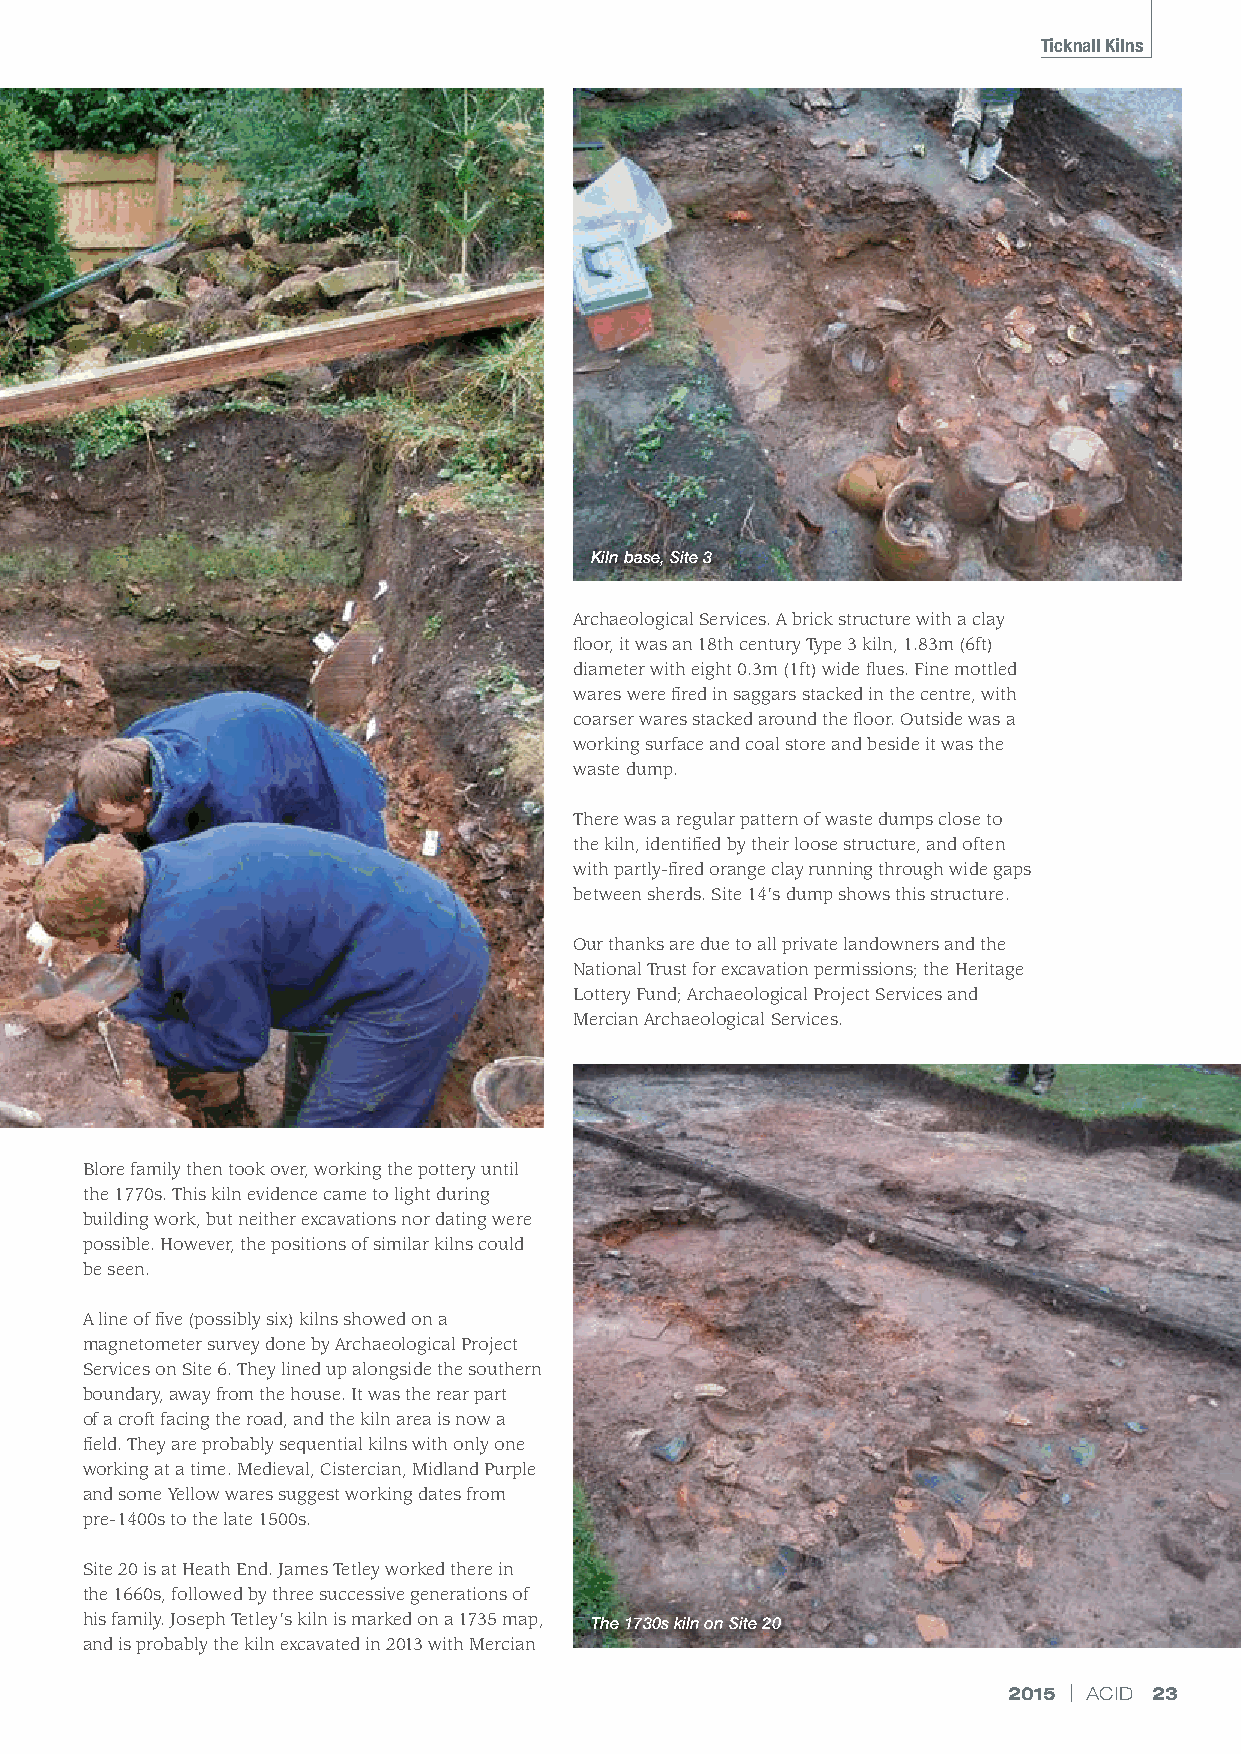
Ticknall Kilns
 Kiln base, Site 3
 Archaeological Services. A brick structure with a clay
 floor, it was an 18th century Type 3 kiln, 1.83m (6ft)
 diameter with eight 0.3m (1ft) wide flues. Fine mottled
 wares were fired in saggars stacked in the centre, with
 coarser wares stacked around the floor. Outside was a
 working surface and coal store and beside it was the
 waste dump.
 There was a regular pattern of waste dumps close to
 the kiln, identified by their loose structure, and often
 with partly-fired orange clay running through wide gaps
 between sherds. Site 14’s dump shows this structure.
 Our thanks are due to all private landowners and the
 National Trust for excavation permissions; the Heritage
 Lottery Fund; Archaeological Project Services and
 Mercian Archaeological Services.
 Blore family then took over, working the pottery until
 the 1770s. This kiln evidence came to light during
 building work, but neither excavations nor dating were
 possible. However, the positions of similar kilns could
 be seen.
 A line of five (possibly six) kilns showed on a
 magnetometer survey done by Archaeological Project
 Services on Site 6. They lined up alongside the southern
 boundary, away from the house. It was the rear part
 of a croft facing the road, and the kiln area is now a
 field. They are probably sequential kilns with only one
 working at a time. Medieval, Cistercian, Midland Purple
 and some Yellow wares suggest working dates from
 pre-1400s to the late 1500s.
 Site 20 is at Heath End. James Tetley worked there in
 the 1660s, followed by three successive generations of
 his family. Joseph Tetley’s kiln is marked on a 1735 map, The 1730s kiln on Site 20
 and is probably the kiln excavated in 2013 with Mercian
 2015 | ACID 23